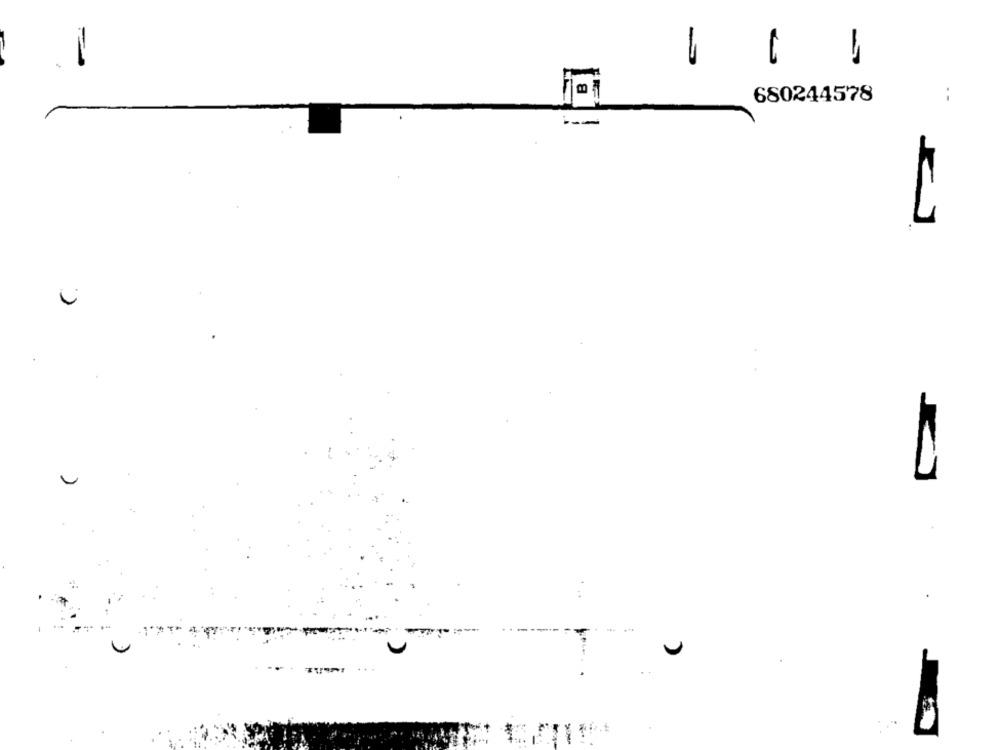
:
680244578
.
٠٫٠